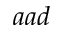
a a d